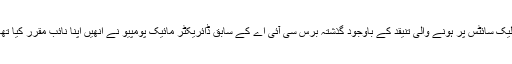
بلیک سائٹس پر ہونے والی تنیقد کے باوجود گذشتہ برس سی آئی اے کے سابق ڈائریکٹر مائیک پومپیو نے انھیں اپنا نائب مقرر کیا تھا۔